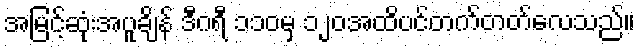
အမြင့်ဆုံးအပူချိန် ဒီဂရီ ၁၁၀မှ ၁၂၀အထိပင်တက်တတ်လေသည်။